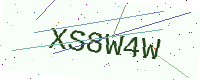
Text: XS8W4W